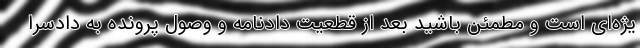
یژه‌ای است و مطمئن باشید بعد از قطعیت دادنامه و وصول پرونده به دادسرا